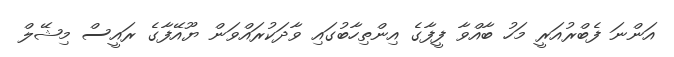
އަންނަ ފެބްރުއަރީ މަހު ބާއްވާ ފީފާގެ އިންތިހާބުގައި ވާދަކުރައްވަން ޔޫއޭފާގެ ރައީސް މިޝޭލް